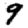
Digit: 9